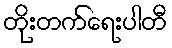
တိုးတက်ရေးပါတီ